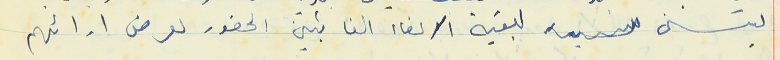
ليتسنى لبقية الاعضاء الغائبين الحضور لعرض ارائهم